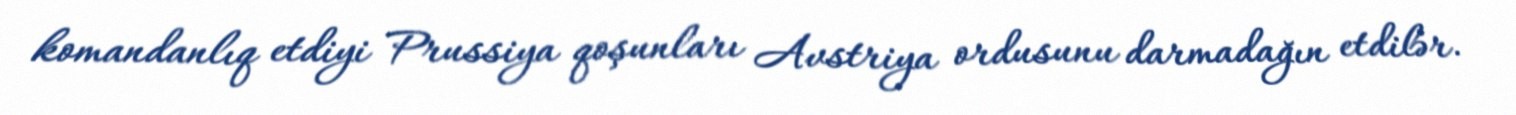
komandanlıq etdiyi Prussiya qoşunları Avstriya ordusunu darmadağın etdilər.